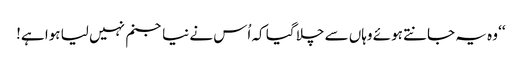
‘‘ وہ یہ جانتے ہوئے وہاں سے چلا گیا کہ اُس نے نیا جنم نہیں لیا ہوا ہے!